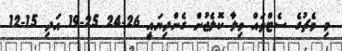
މި މެޗުގެ ސެޓްތައް ވިލާ ކޮލެޖުން ގެންދިޔައީ 26-24 25-19 އަދި 15-12